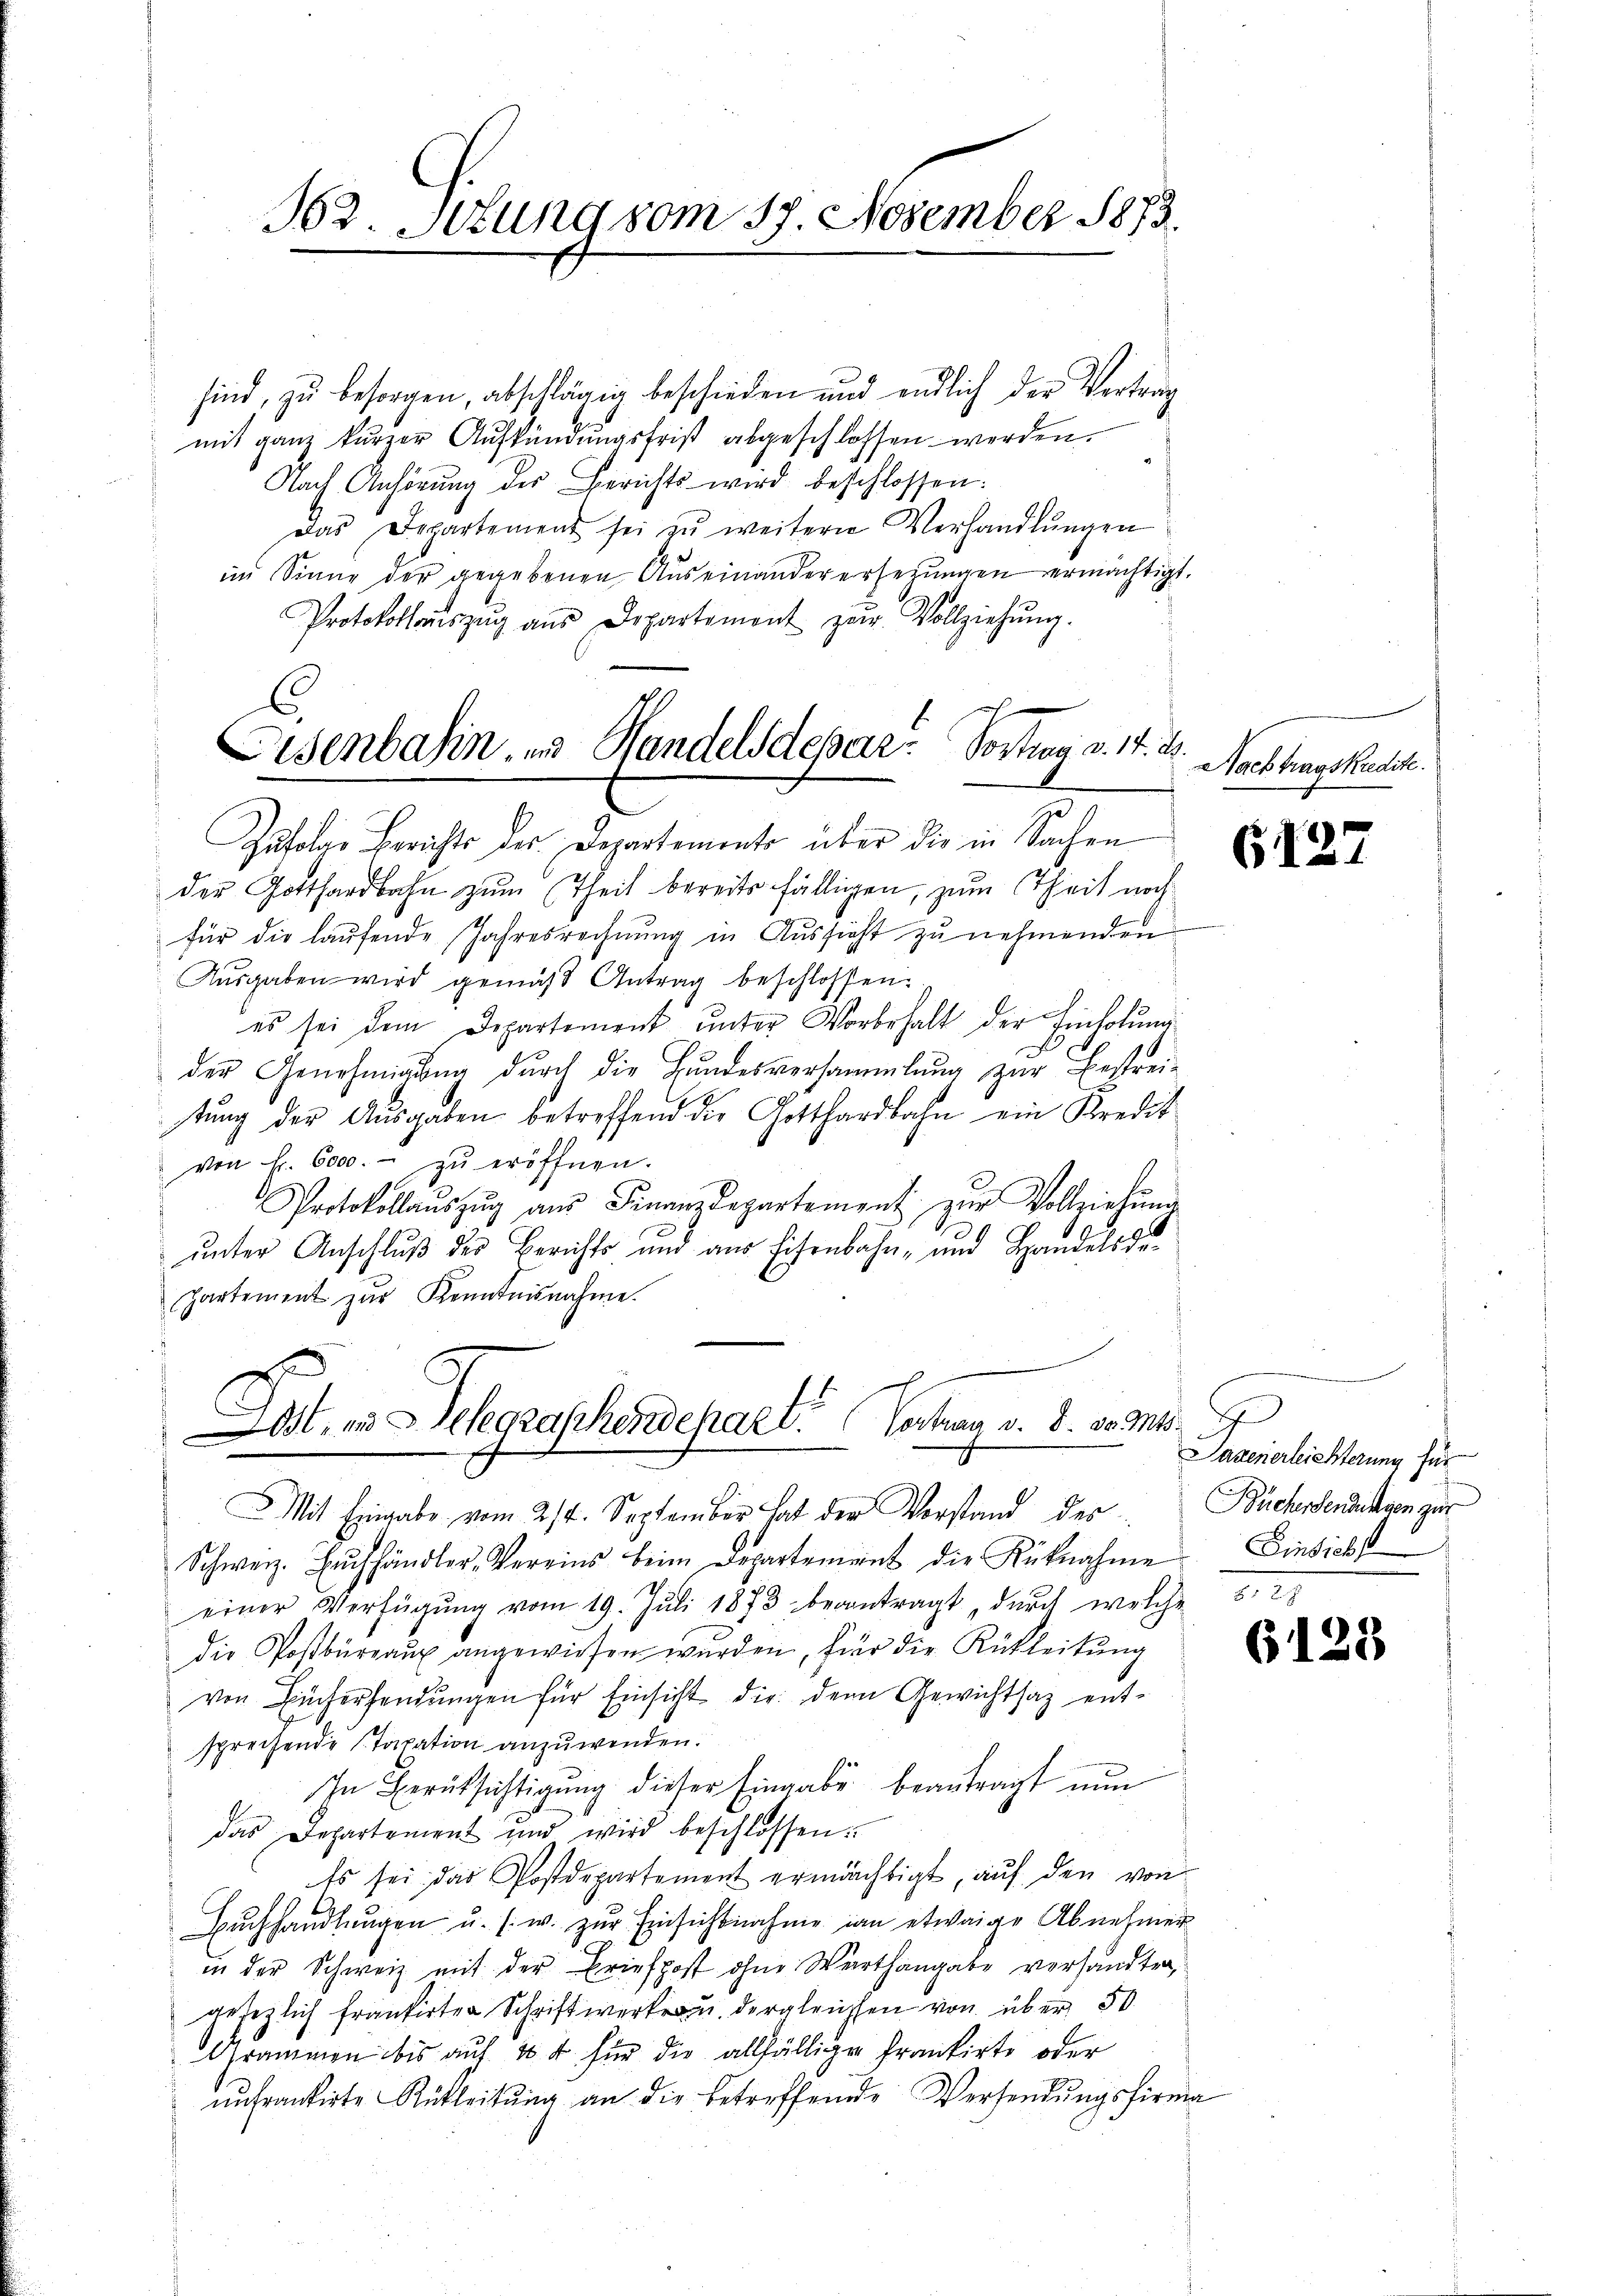
562. Sekung vom 17. November 1873.

sind, zu besorgen, abschlägig beschieden und endlich der Vertrag
mit ganz kurzer Aufkündungsfrist abgeschlossen werden.
Nach Anhörung des Berichts wird beschlossen:
Das Departement sei zŭ weitern Verhandlŭngen
im Sinne der gegebenen Auseinanderersetzŭngen ermächtigt.
Protokollauszug aus Departement zur Vollziehŭng.
Zufolge Berichts der Departements über die in Sachen
der Gotthardbahn zum Theil bereits fälligen, zum Theil noch
für die laŭfende Jahresrechnŭng in Aŭssicht zŭ nehmenden
Aŭsgaben wird gemäβ Antrag beschlossen:
es sei dem Departement ŭnter Vorbehalt der Einholŭng
der Genehmigung durch die Hundesversammlung zur Bestreitŭng der Aŭsgaben betreffend die Gotthardbahn ein Kredit
von fr. 6000.- zŭ eröffnen.
Protokollaŭszŭg aŭs Finanzdepartement zŭr Vollziehŭng
unter Anschluß der Berichts und aus Eisenbahn- und Handels departement zŭr Kenntnisnahme.

Eisenbahin, und Handelsdepar- Sortion v. 17. d.

Ost, in Gelegraphendepart. Vertrag v. 8. d. M.
.

Nachtragskredite.

Mit Eingabe vom 2/4. September hat der Vorstand der Büchsendungen zur
Schweiz. Bŭchhändler-Vereins beim Departement die Rücknahme Einsich
einer Verfügŭng vom 19. Jŭli 1873 beantragt, durch welche
die Postbüreaux angewiesen werden, für die Rükleitung
von Büchersendungen für Einsicht die den Gewichtsaz entsprechende Staxation anzuwenden.
In Berüksichtigŭng dieser Eingabe beantragt nun
das Departement und wird beschlossen.
Es sei, das Postdepartement ermächtigt, aŭf den von
Bŭchhandlungen u. s. w. zŭr Einsichtnahme in etwaige Abnehmer
in der Schweiz mit der Briefpost ohne Warthangabe versandten,
gesezlich frantirten Schrift wertu dergleichen von über 50
Grammen bis auf 10 t für die allfälliger Frankirte oder
unfrankirte Rükleitŭng an die betreffende Versendŭngsfirma

G127

1
Sazenerleichterung für
127

6128